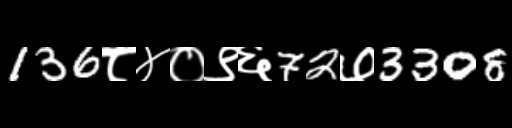
Text: 136८४०९६72७3308